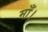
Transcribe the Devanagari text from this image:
माँ।